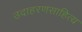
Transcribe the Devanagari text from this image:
उदाहरणसाहित्य